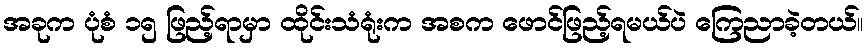
အခုက ပုံစံ ၁၅ ဖြည့်ရာမှာ ထိုင်းသံရုံးက အစက ဖောင်ဖြည့်ရမယ်ပဲ ကြေညာခဲ့တယ်။